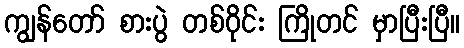
ကျွန်တော် စားပွဲ တစ်ဝိုင်း ကြိုတင် မှာပြီးပြီ။